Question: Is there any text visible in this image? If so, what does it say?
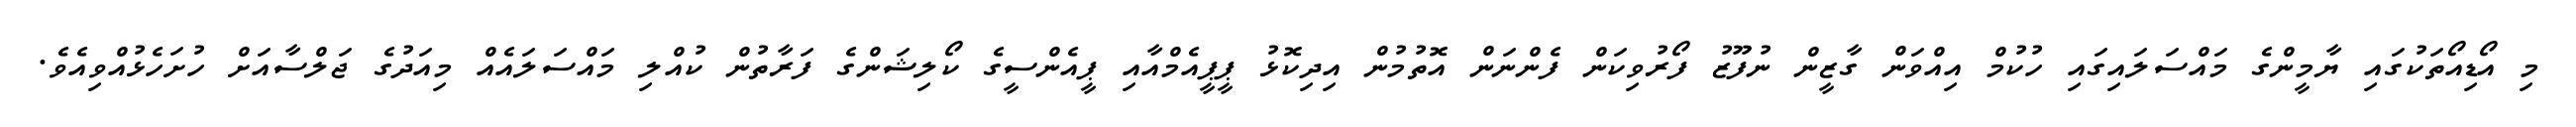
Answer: މި އޯޑިއޯތަކުގައި ޔާމީންގެ މައްސަލައިގައި ހުކުމް އިއްވަން ގާޒީން ނުފޫޒު ފޯރުވިކަން ފެންނަން އޮތުމުން އިދިކޮޅު ޕީޕީއެމްއާއި ޕީއެންސީގެ ކޯލިޝަންގެ ފަރާތުން ކުއްލި މައްސަލައެއް މިއަދުގެ ޖަލްސާއަށް ހުށަހެޅުއްވިއެވެ.